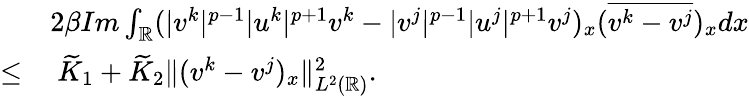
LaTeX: \begin{array}{rl}&{2\beta Im\int_{\mathbb{R}}(|v^{k}|^{p-1}|u^{k}|^{p+1}v^{k}-|v^{j}|^{p-1}|u^{j}|^{p+1}v^{j})_{x}(\overline{{v^{k}-v^{j}}})_{x}dx}\\ {\leq}&{\ \widetilde{K}_{1}+\widetilde{K}_{2}\| (v^{k}-v^{j})_{x}\| _{L^{2}(\mathbb{R})}^{2}.}\end{array}